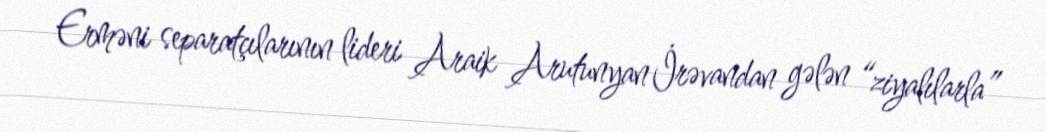
Erməni separatçılarının lideri Araik Arutunyan İrəvandan gələn “ziyalılarla”